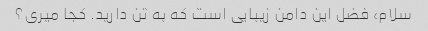
سلام، فضل این دامن زیبایی است که به تن دارید. کجا میری؟